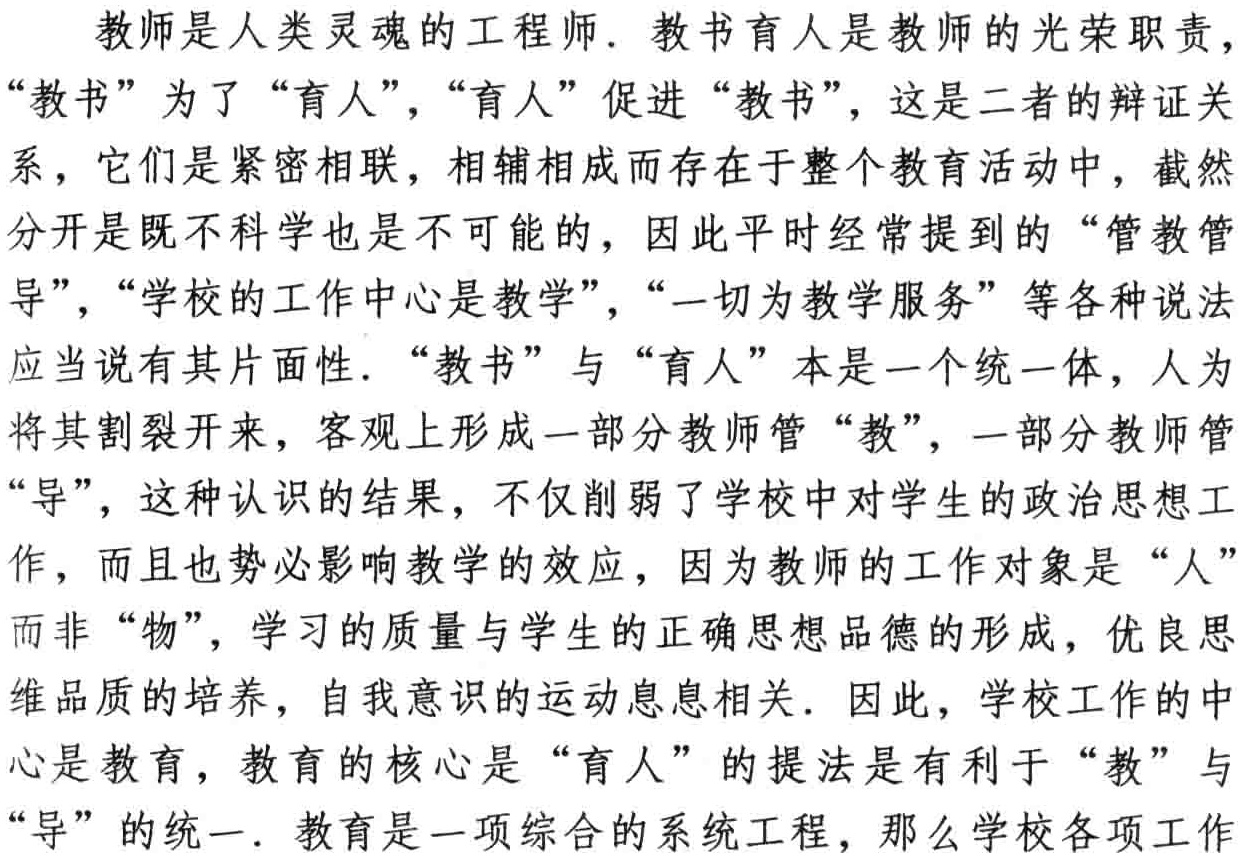
教师是人类灵魂的工程师. 教书育人是教师的光荣职责,

“教书” 为了 “育人”, “育人” 促进 “教书”, 这是二者的辩证关

系, 它们是紧密相联, 相辅相成而存在于整个教育活动中, 截然

分开是既不科学也是不可能的, 因此平时经常提到的 “管教管

导”, “学校的工作中心是教学”, “一切为教学服务” 等各种说法

应当说有其片面性. “教书” 与 “育人” 本是一个统一体, 人为

将其割裂开来, 客观上形成一部分教师管 “教”, 一部分教师管

“导”, 这种认识的结果, 不仅削弱了学校中对学生的政治思想工

作, 而且也势必影响教学的效应, 因为教师的工作对象是 “人”

而非 “物”, 学习的质量与学生的正确思想品德的形成, 优良思

维品质的培养, 自我意识的运动息息相关. 因此, 学校工作的中

心是教育, 教育的核心是 “育人” 的提法是有利于 “教” 与

“导” 的统一. 教育是一项综合的系统工程, 那么学校各项工作